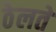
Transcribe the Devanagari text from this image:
ठेलते